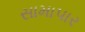
સામાપાર